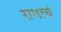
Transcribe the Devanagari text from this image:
रागाचं